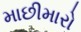
માછીમારો